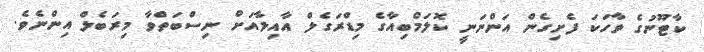
ކާޓޫނުގެ ވާހަކަ ފެށިގެން އަންނަނީ ކޮލަމްބިއާގެ މިޑްރަގެލް އާއިލާއަށް ނިސްބަތްވާ މިރަބެލް އިންނެވެ.